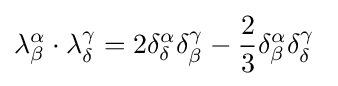
\lambda _{\beta }^{\alpha }\cdot \lambda _{\delta }^{\gamma }=2\delta _{\delta }^{\alpha }\delta _{\beta }^{\gamma }-{\frac {2}{3}}\delta _{\beta }^{\alpha }\delta _{\delta }^{\gamma }~